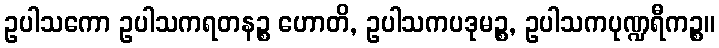
ဥပါသကော ဥပါသကရတနဉ္စ ဟောတိ, ဥပါသကပဒုမဉ္စ, ဥပါသကပုဏ္ဍရီကဉ္စ။